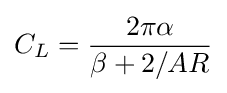
C_{L}={\frac {2\pi \alpha }{\beta +2/AR}}